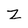
Character: z